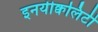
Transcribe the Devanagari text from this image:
इनयीक्वलिटी